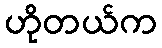
ဟိုတယ်က